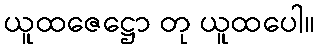
ယူထဇေဋ္ဌော တု ယူထပေါ။